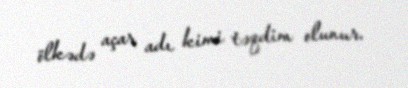
ölkədə açar adı kimi təqdim olunur.